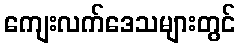
ကျေးလက်ဒေသများတွင်